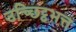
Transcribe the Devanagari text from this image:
उच्छिट्ठभत्त